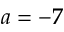
a = - 7